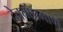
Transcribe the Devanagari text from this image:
देवतांप्रमाणे